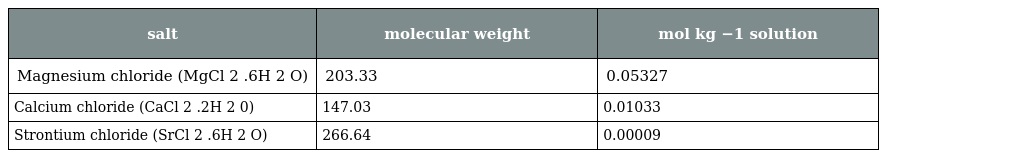
| salt | molecular weight | mol kg −1 solution |
 | --- | --- | --- |
 | Magnesium chloride (MgCl 2 .6H 2 O) | 203.33 | 0.05327 |
 | Calcium chloride (CaCl 2 .2H 2 0) | 147.03 | 0.01033 |
 | Strontium chloride (SrCl 2 .6H 2 O) | 266.64 | 0.00009 |